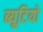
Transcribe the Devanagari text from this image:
ब्यूटियो